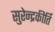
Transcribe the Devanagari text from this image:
सुरेन्द्रकीर्ति